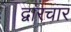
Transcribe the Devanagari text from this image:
द्वारचार